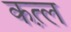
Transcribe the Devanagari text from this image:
कत़्ल